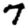
Digit: 7